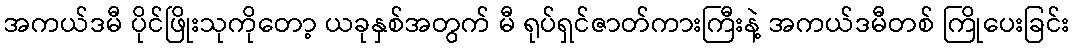
အကယ်ဒမီ ပိုင်ဖြိုးသုကိုတော့ ယခုနှစ်အတွက် မီ ရုပ်ရှင်ဇာတ်ကားကြီးနဲ့ အကယ်ဒမီတစ် ကြိုပေးခြင်း